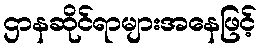
ဌာနဆိုင်ရာများအနေဖြင့်